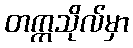
တက္ကသိုလ်မှာ